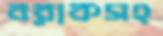
বরাকসহ